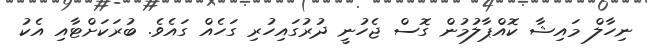
ނިހާލް މައިޝާ ކޮއްޕާލުމުން ގޮސް ޖެހުނީ ދުރުގައިހުރި ގަހެއް ގައެވެ. ބުރަކަށްޓާއި އެކު